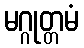
မဂ္ဂုတ္တမံ